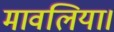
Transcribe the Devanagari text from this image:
मावलिया।